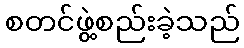
စတင်ဖွဲ့စည်းခဲ့သည်